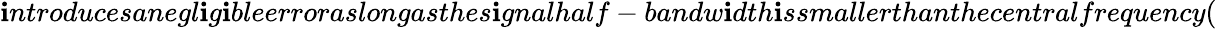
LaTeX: \mathbf{i}ntroducesanegl\mathbf{i}g\mathbf{i}bleerroraslongasthes\mathbf{i}gnalhalf-bandw\mathbf{i}dth\mathbf{i}ssmallerthanthecentralfrequency(